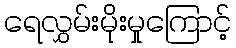
ရေလွှမ်းမိုးမှုကြောင့်